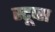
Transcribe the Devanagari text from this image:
स्टूप्स